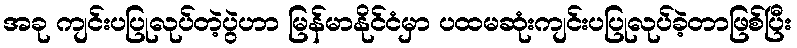
အခု ကျင်းပပြုလုပ်တဲ့ပွဲဟာ မြန်မာနိုင်ငံမှာ ပထမဆုံးကျင်းပပြုလုပ်ခဲ့တာဖြစ်ပြီး